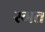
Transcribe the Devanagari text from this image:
रगत